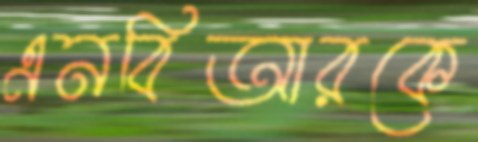
এনবিআরকে